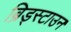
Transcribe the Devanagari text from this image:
ब्रिड्स्टाउन